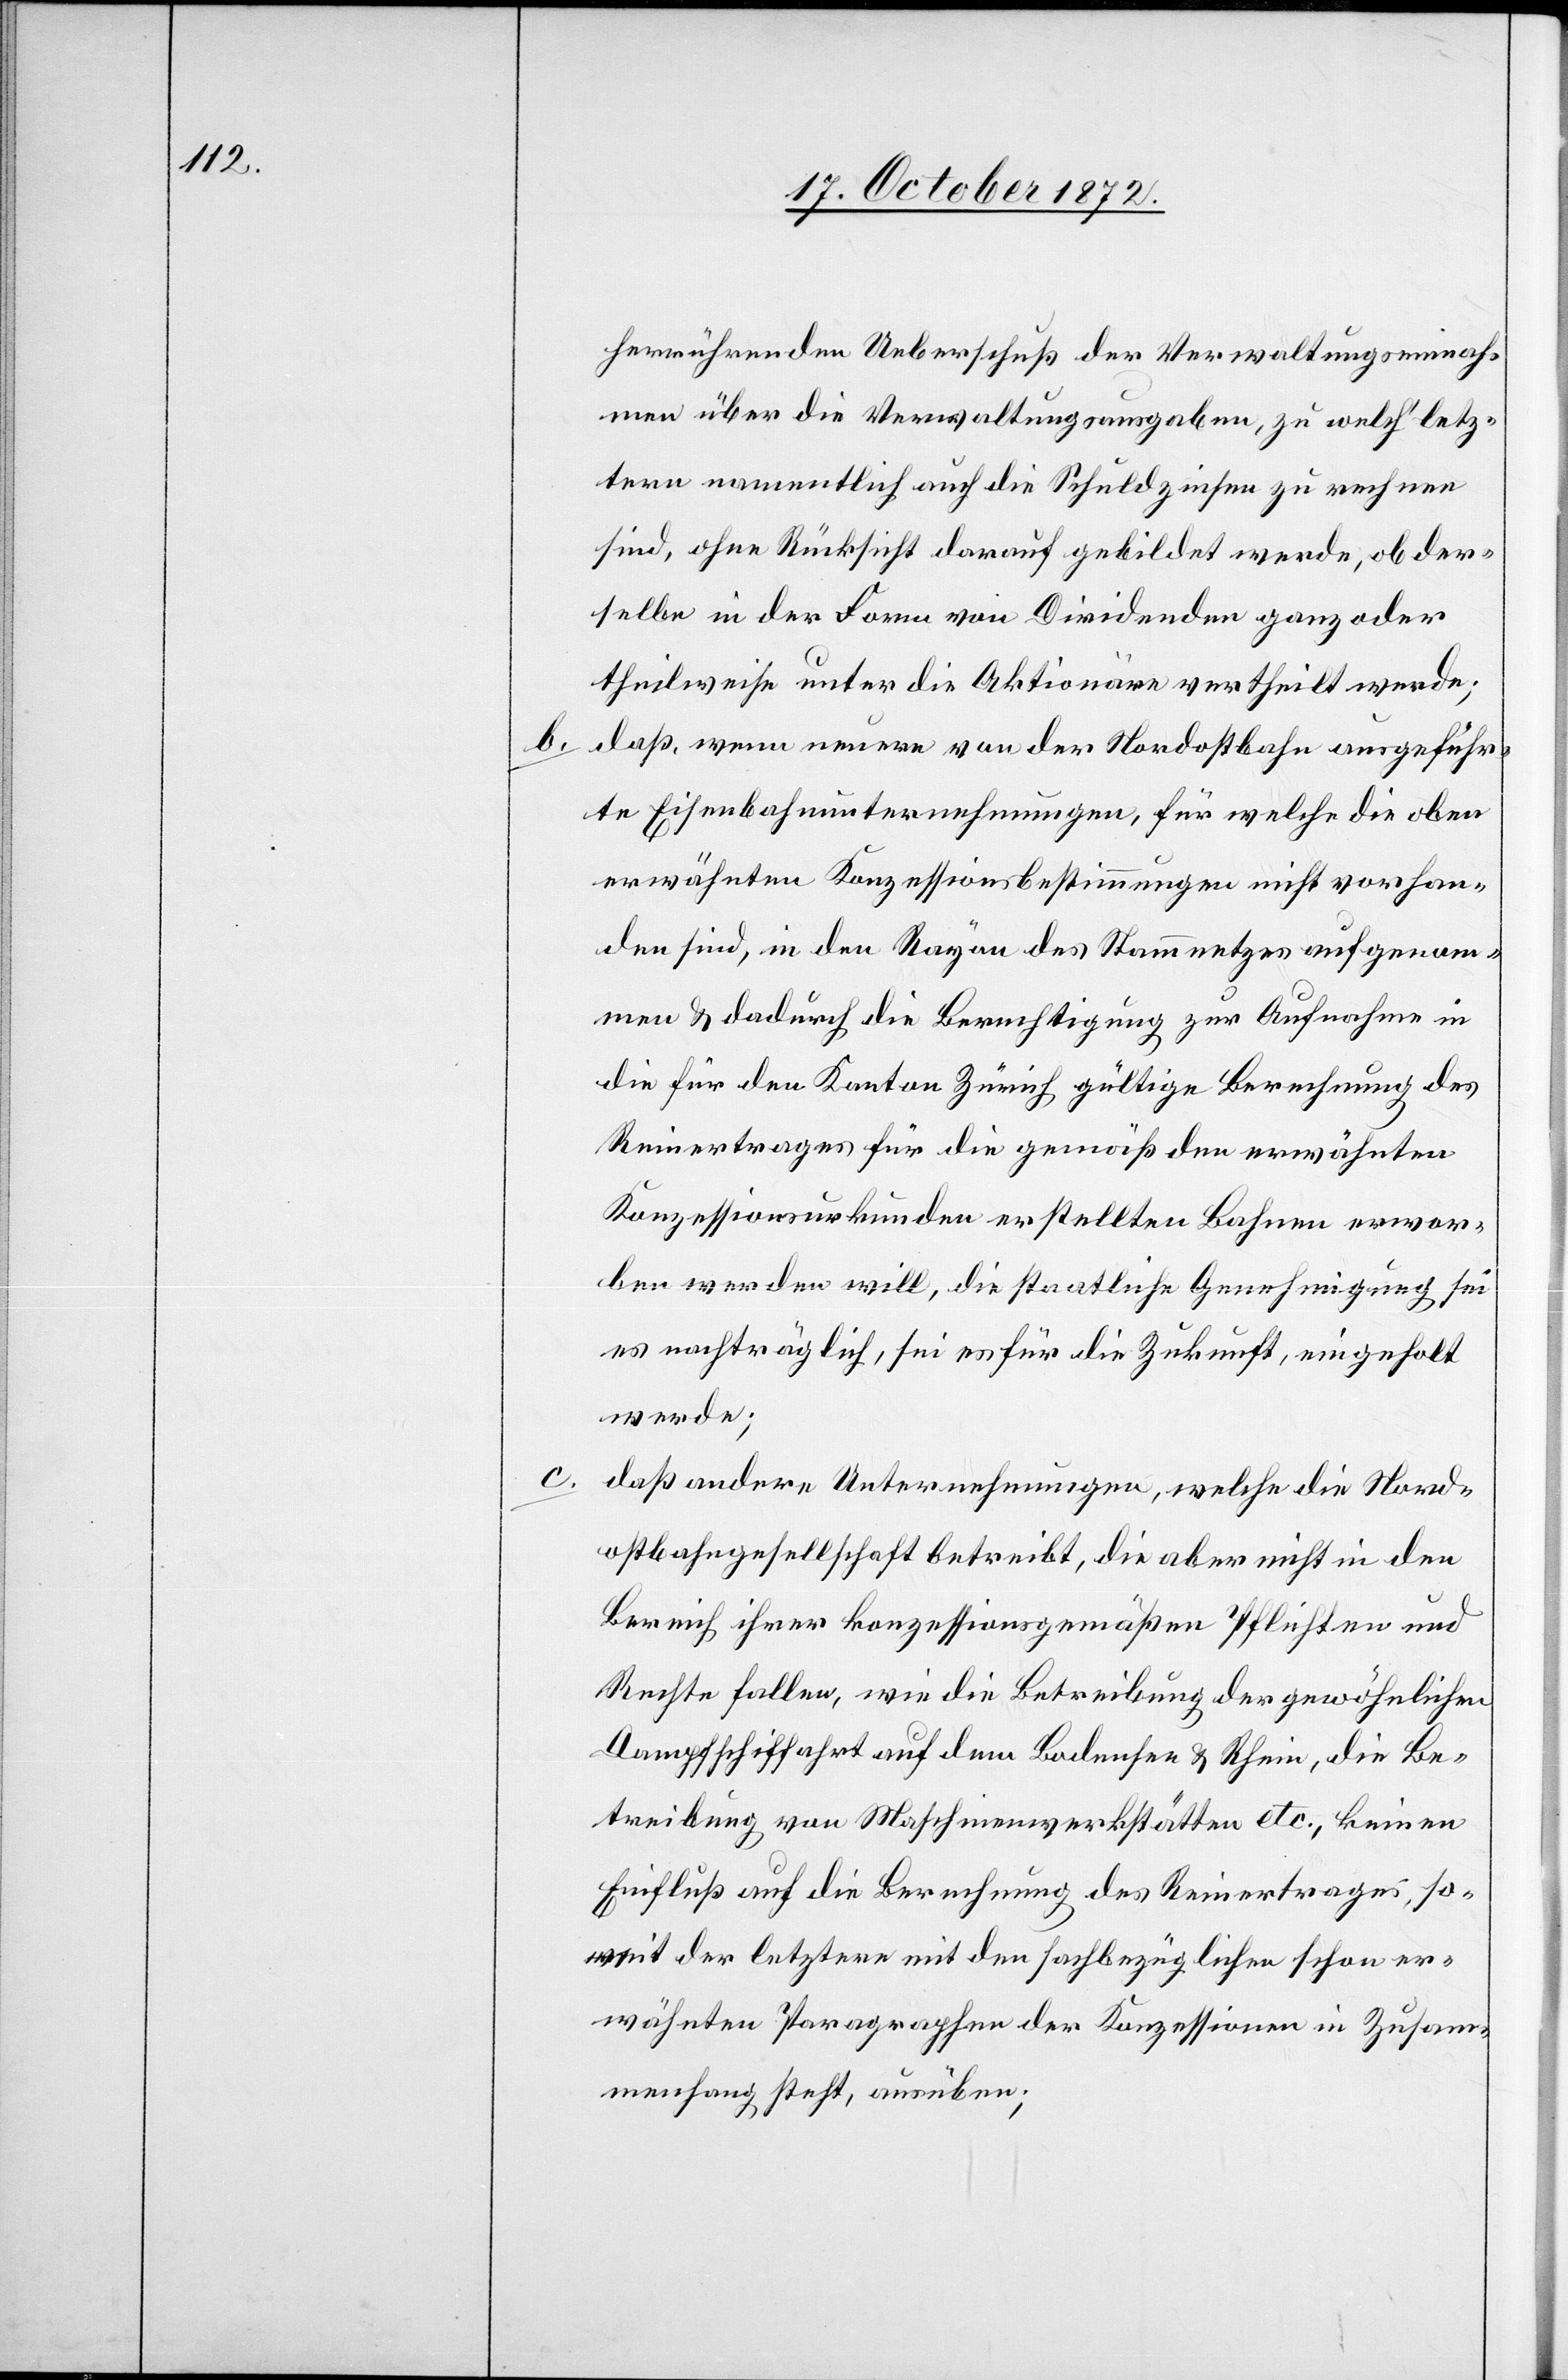
herrührenden Ueberschuß der Verwaltungseinnah¬
men über die Verwaltungsausgaben, zu welch’ letz¬
tern namentlich auch die Schuldzinsen zu rechen
sind, ohne Rücksicht darauf gebildet werde, ob der¬
selbe in der Form von Dividenden ganz oder
theilweise unter die Aktionäre vertheilt werde.
b. daß, wenn neuere von der Nordostbahn ausgeführ¬
te Eisenbahnunternehmungen, für welche die oben
erwähnten Konzessionsbestimmungen nicht vorhan¬
den sind, in den Rayon des Stammnetzes aufgenom¬
men u. dadurch die Berechtigung zur Aufnahme in
die für den Kanton Zürich gültige Berechnung des
Reinertrages für die gemäß den erwähnten
Konzessionsurkunden erstellten Bahnen erwor¬
ben werden will, die staatliche Genehmigung sei
es nachträglich, sei es für die Zukunft, eingeholt
werde;
c. daß andere Unternehmungen, welche die Nord¬
ostbahngesellschaft betreibt, die aber nicht in den
Bereich ihrer konzessionsgemäßen Pflichten und
Rechte fallen, wie die Betreibung der gewöhnlichen
Dampfschiffahrt auf dem Bodensee u. Rhein, die Be¬
treibung von Maschinenwerkstätten etc., keinen
Einfluß auf die Berechnung des Reinertrages, so¬
weit der letztere mit den sachbezüglichen schon er¬
wähnten Paragraphen der Konzessionen in Zusam¬
menhang steht, ausüben;